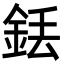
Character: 銩